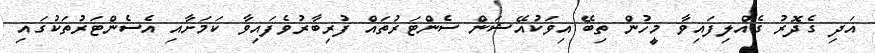
އަދި ގެދޮރު ގެއްލިފައިވާ މީހުން ތިބޭ އިވަކުއޭޝަން ސެންޓަރުތައް ފުރިބާރުވެފައިވާ ކަމަށާއި އެސެންޓަރުތަކުގައި